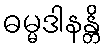
ဓမ္မဒါနန္တိ